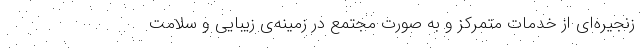
زنجیره‌ای از خدمات متمرکز و به صورت مجتمع در زمینه‌ی زیبایی و سلامت